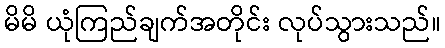
မိမိ ယုံကြည်ချက်အတိုင်း လုပ်သွားသည်။